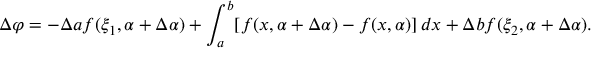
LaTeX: \Delta \varphi = - \Delta a f ( \xi _ { 1 } , \alpha + \Delta \alpha ) + \int _ { a } ^ { b } [ f ( x , \alpha + \Delta \alpha ) - f ( x , \alpha ) ] \, d x + \Delta b f ( \xi _ { 2 } , \alpha + \Delta \alpha ) .